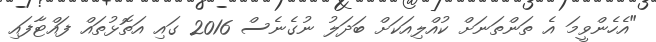
"އެެހެންވީމަ އެ ތަންތަނަށް ކުއްލިއަކަށް ބަދަލު ނުގެނެސް 2016 ގައި އަތޮޅުތައް ފައްޓާފައި